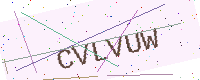
Text: CVLVUW